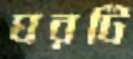
ঘরটি